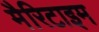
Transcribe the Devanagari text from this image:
मैरिटाइम